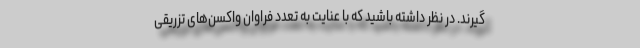
گیرند. در نظر داشته باشید که با عنایت به تعدد فراوان واکسن‌های تزریقی